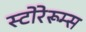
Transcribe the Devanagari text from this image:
स्टोरेरूम्स